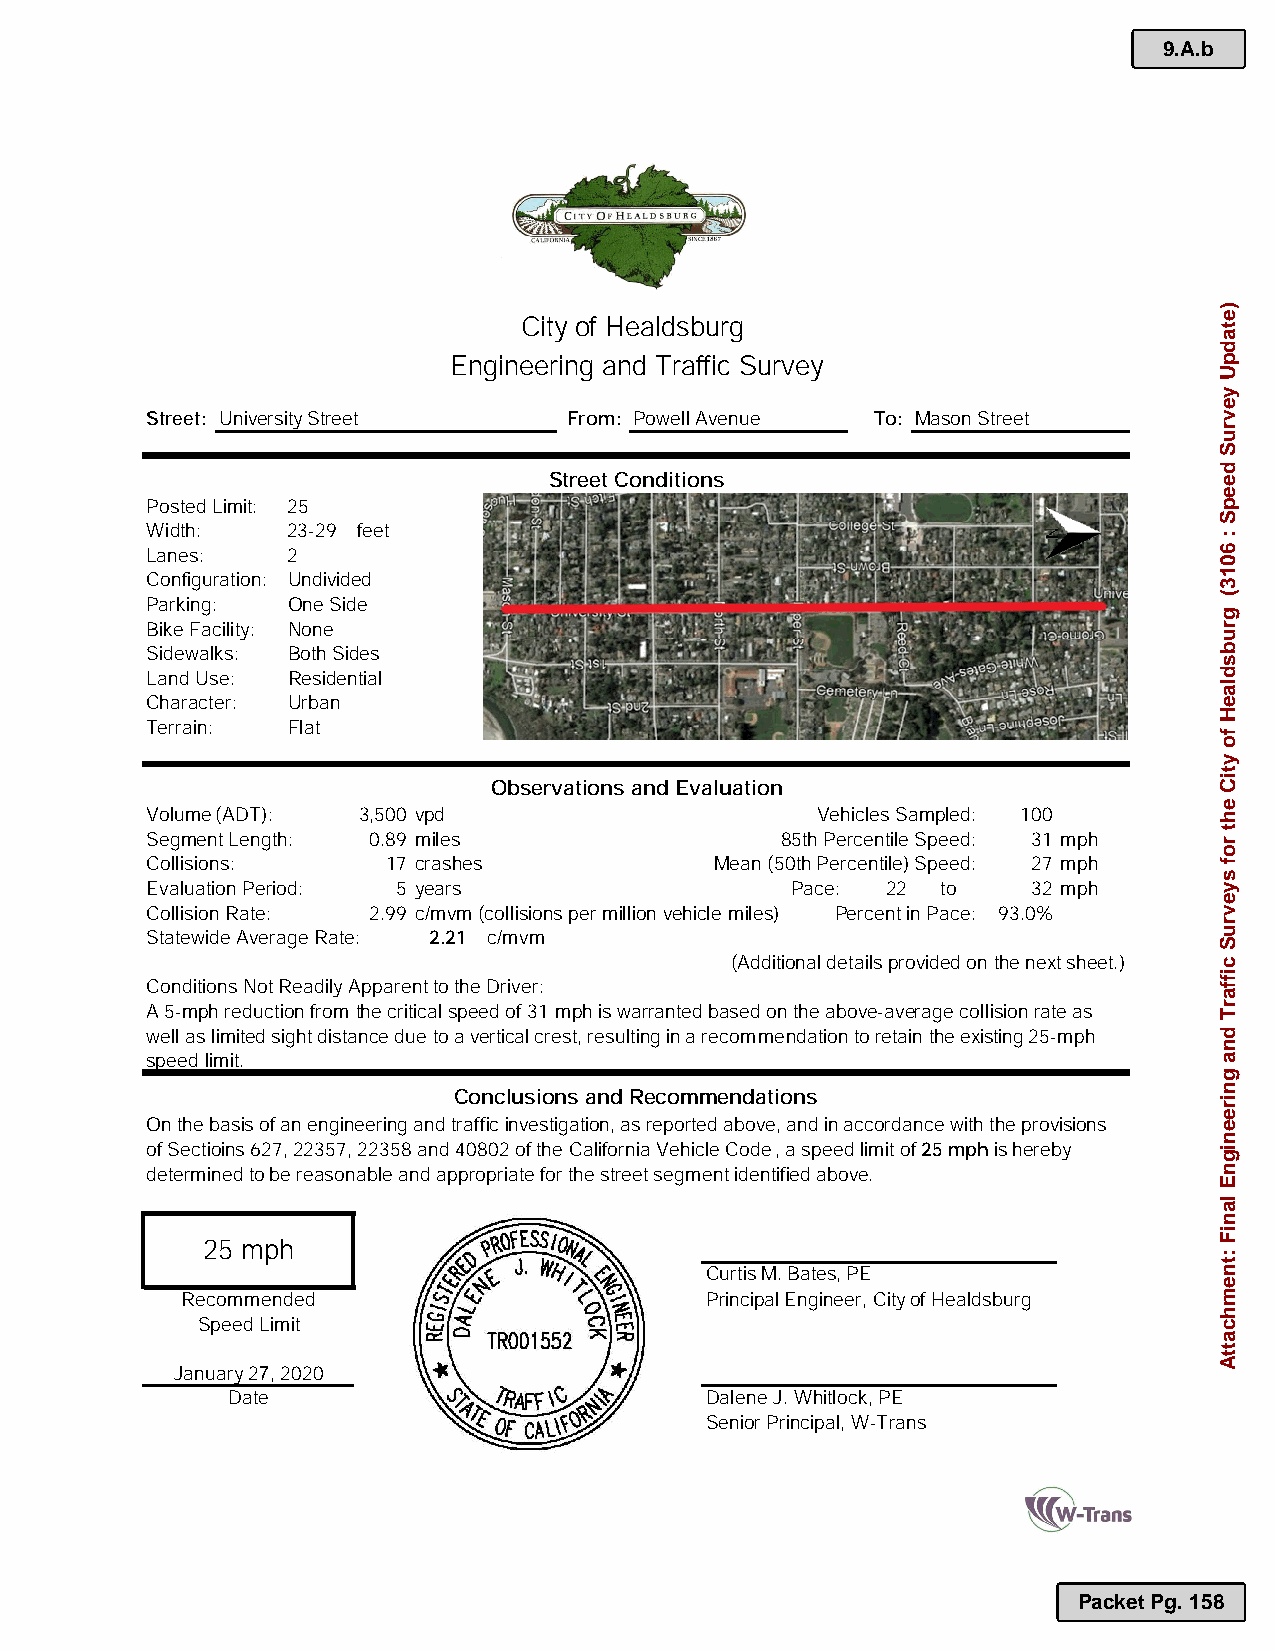
9.A.b
 City of Healdsburg
 Engineering and Traffic Survey
 Street: University Street   From: Powell Avenue To: Mason Street
 Street Conditions
 Posted Limit: 25
 Width:   23-29 feet
 Lanes:   2
 Configuration: Undivided
 Parking: One Side
 Bike Facility: None
 Sidewalks: Both Sides
 Land Use: Residential
 Character: Urban
 Terrain: Flat
 Observations and Evaluation
 Volume (ADT): 3,500 vpd                     Vehicles Sampled: 100
 Segment Length: 0.89 miles                85th Percentile Speed: 31 mph
 Collisions:     17 crashes           Mean (50th Percentile) Speed: 27 mph
 Evaluation Period: 5 years                Pace:  22 to    32 mph
 Collision Rate: 2.99 c/mvm(collisions per million vehicle miles) Percent in Pace: 93.0%
 Statewide Average Rate: 2.21 c/mvm
 (Additional detailsprovided on the next sheet.)
 Conditions Not Readily Apparent to the Driver:
 A 5-mph reduction fromthe criticalspeed of 31 mph is warranted based on the above-average collision rate as
 well as limited sight distance due to a vertical crest, resulting in a recommendation to retain the existing 25-mph
 speed limit.
 Conclusions and Recommendations
 On the basis of an engineering and traffic investigation, as reported above, and in accordance withthe provisions
 of Sectioins 627,22357, 22358 and 40802 of the California Vehicle Code, a speed limit of 25 mphis hereby
 determined to be reasonable and appropriate for the street segment identified above.
 25 mph
 Curtis M. Bates, PE
 Recommended                        Principal Engineer, Cityof Healdsburg
 Speed Limit
 January2 ,2020
 Date                            Dalene J.Whitlock,PE
 Senior Principal, W-Trans
 Packet Pg. 158
 )etadpU
 yevruS
 deepS
 :
 6013(
 grubsdlaeH
 fo
 ytiC
 eht
 rof
 syevruS
 ciffarT
 dna
 gnireenignE
 laniF
 :tnemhcattA